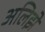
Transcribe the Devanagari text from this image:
अलिझे